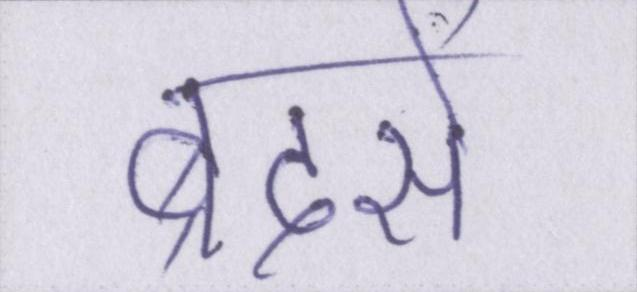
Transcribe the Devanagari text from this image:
ब्रदर्स